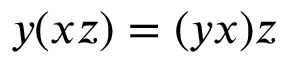
y ( x z ) = ( y x ) z